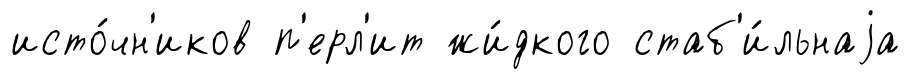
исто́чн'иков п'ерл'ит жи́дкого стаб'и́льнаjа